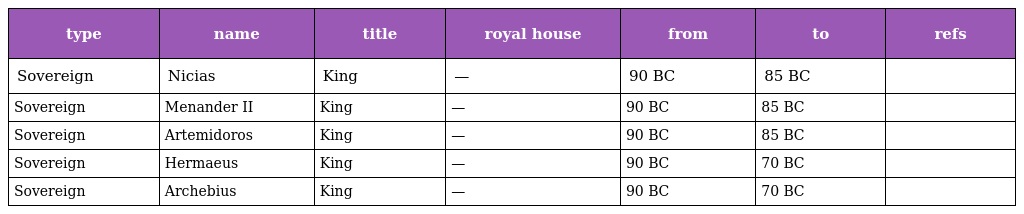
| type | name | title | royal house | from | to | refs |
 | --- | --- | --- | --- | --- | --- | --- |
 | Sovereign | Nicias | King | — | 90 BC | 85 BC |  |
 | Sovereign | Menander II | King | — | 90 BC | 85 BC |  |
 | Sovereign | Artemidoros | King | — | 90 BC | 85 BC |  |
 | Sovereign | Hermaeus | King | — | 90 BC | 70 BC |  |
 | Sovereign | Archebius | King | — | 90 BC | 70 BC |  |